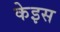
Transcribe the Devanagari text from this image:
केइस